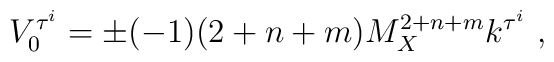
V^{\tau^i}_{0}= \pm (-1) (2+n+m) M_X^{2+n+m} k^{\tau^i} ~,~\,